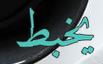
يخبط